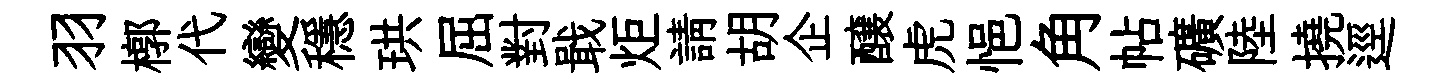
羽槨代變穩珙屈對戢炬請胡企醸虎悒角帖礦陸撓逕